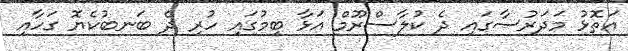
އަތޮޅު މަދަރުސާގައި ދެ ކުލާސްރޫމް އަޅާ ބިމުގައި ހުރި ދެ ބަނބުކެޔޮ ގަހާއި